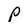
Character: P